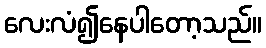
လေးလံ၍နေပါတော့သည်။